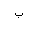
Letter: _ba